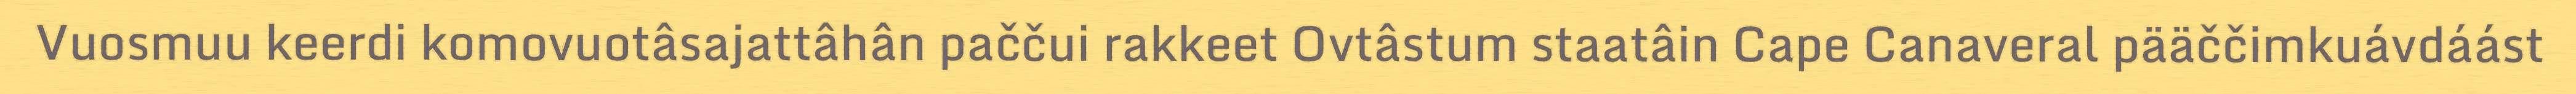
Vuosmuu keerdi komovuotâsajattâhân paččui rakkeet Ovtâstum staatâin Cape Canaveral pääččimkuávdáást